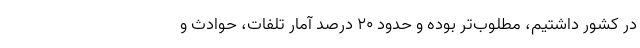
در کشور داشتیم، مطلوب‌تر بوده و حدود ۲۰ درصد آمار تلفات، حوادث و